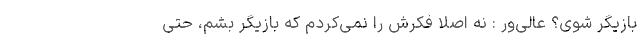
بازیگر شوی؟ عالی‌ور : نه اصلا فکرش را نمی‌کردم که بازیگر بشم، حتی